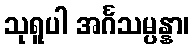
သုရူပါ အင်္ဂသမ္ပန္နာ၊